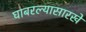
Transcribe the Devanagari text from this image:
घाबरल्यासारखे